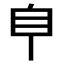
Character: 𦣺